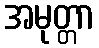
အမုတ္တာ